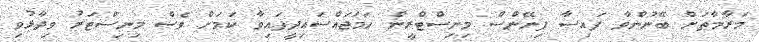
މަރާމާތަށް ބޭނުންވާ ފައިސާ ފިނޭންސް މިނިސްޓްރީން ހަމަޖައްސައިދީފައިވާ ކަމަށް ވެސް މިނިސްޓަރު ވިދާޅުވި